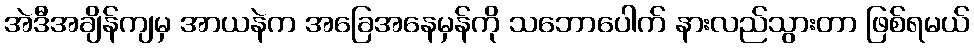
အဲဒီအချိန်ကျမှ အာယနဲက အခြေအနေမှန်ကို သဘောပေါက် နားလည်သွားတာ ဖြစ်ရမယ်